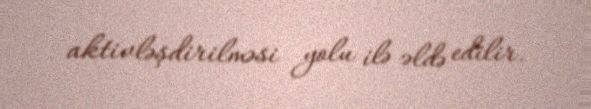
aktivləşdirilməsi yolu ilə əldə edilir.